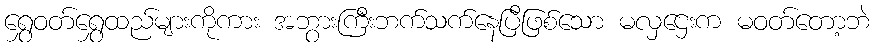
ရွှေဝတ်ရွှေထည်များကိုကား အဘွားကြီးဘက်သက်နေပြီဖြစ်သော မလှဌေးက မဝတ်တော့ဘဲ